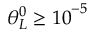
\theta _ { L } ^ { 0 } \ge { { 1 0 } ^ { - 5 } }